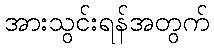
အားသွင်းရန်အတွက်